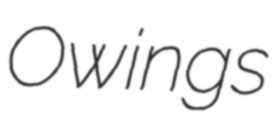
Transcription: Owings